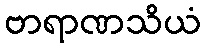
ဗာရာဏသိယံ